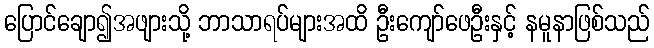
ပြောင်ချော၍အဖျားသို့ ဘာသာရပ်များအထိ ဦးကျော်ဖေဦးနှင့် နမူနာဖြစ်သည်